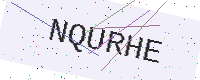
Text: NQURHE